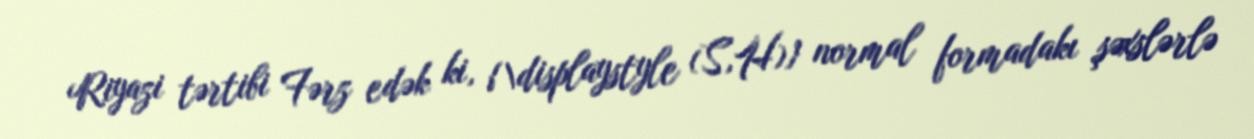
Riyazi tərtibi Fərz edək ki, {\displaystyle (S,H)} normal formadakı şəxslərlə